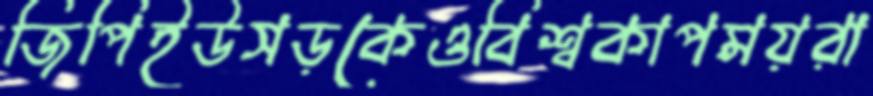
জিপিইউসড়কেওবিশ্বকাপময়রা